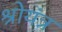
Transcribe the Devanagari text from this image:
श्रोयंत्र